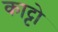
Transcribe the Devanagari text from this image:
काट्टो